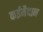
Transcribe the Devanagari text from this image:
कईमैदान